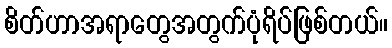
စိတ်ဟာအရာတွေအတွက်ပုံရိပ်ဖြစ်တယ်။